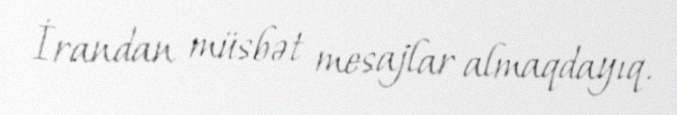
İrandan müsbət mesajlar almaqdayıq.